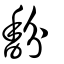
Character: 馚